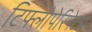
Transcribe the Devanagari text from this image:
टिफ्लोपेरिपेटस